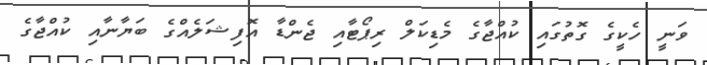
ވަނީ ހެކީގެ ގޮތުގައި ކުއްޖާގެ މެޑިކަލް ރިޕޯޓާއި ޖެންޑާ އޮފިޝަލެއްގެ ބަޔާނާއި ކުއްޖާގެ